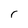
Character: r